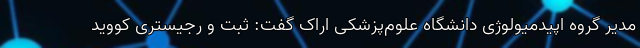
مدیر گروه اپیدمیولوژی دانشگاه علوم‌پزشکی اراک گفت: ثبت و رجیستری کووید